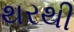
થરથી